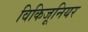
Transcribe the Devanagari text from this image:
विकिजूनियर